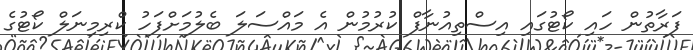
ފަރާތުން ހައި ކޯޓުގައި އިސްތިއުނާފް ކުރުމުން އެ މައްސަލަ ބެލުމަށްފަހު ކްރިމިނަލް ކޯޓުގެ